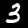
Label: 3